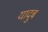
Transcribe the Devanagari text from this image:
यादुब